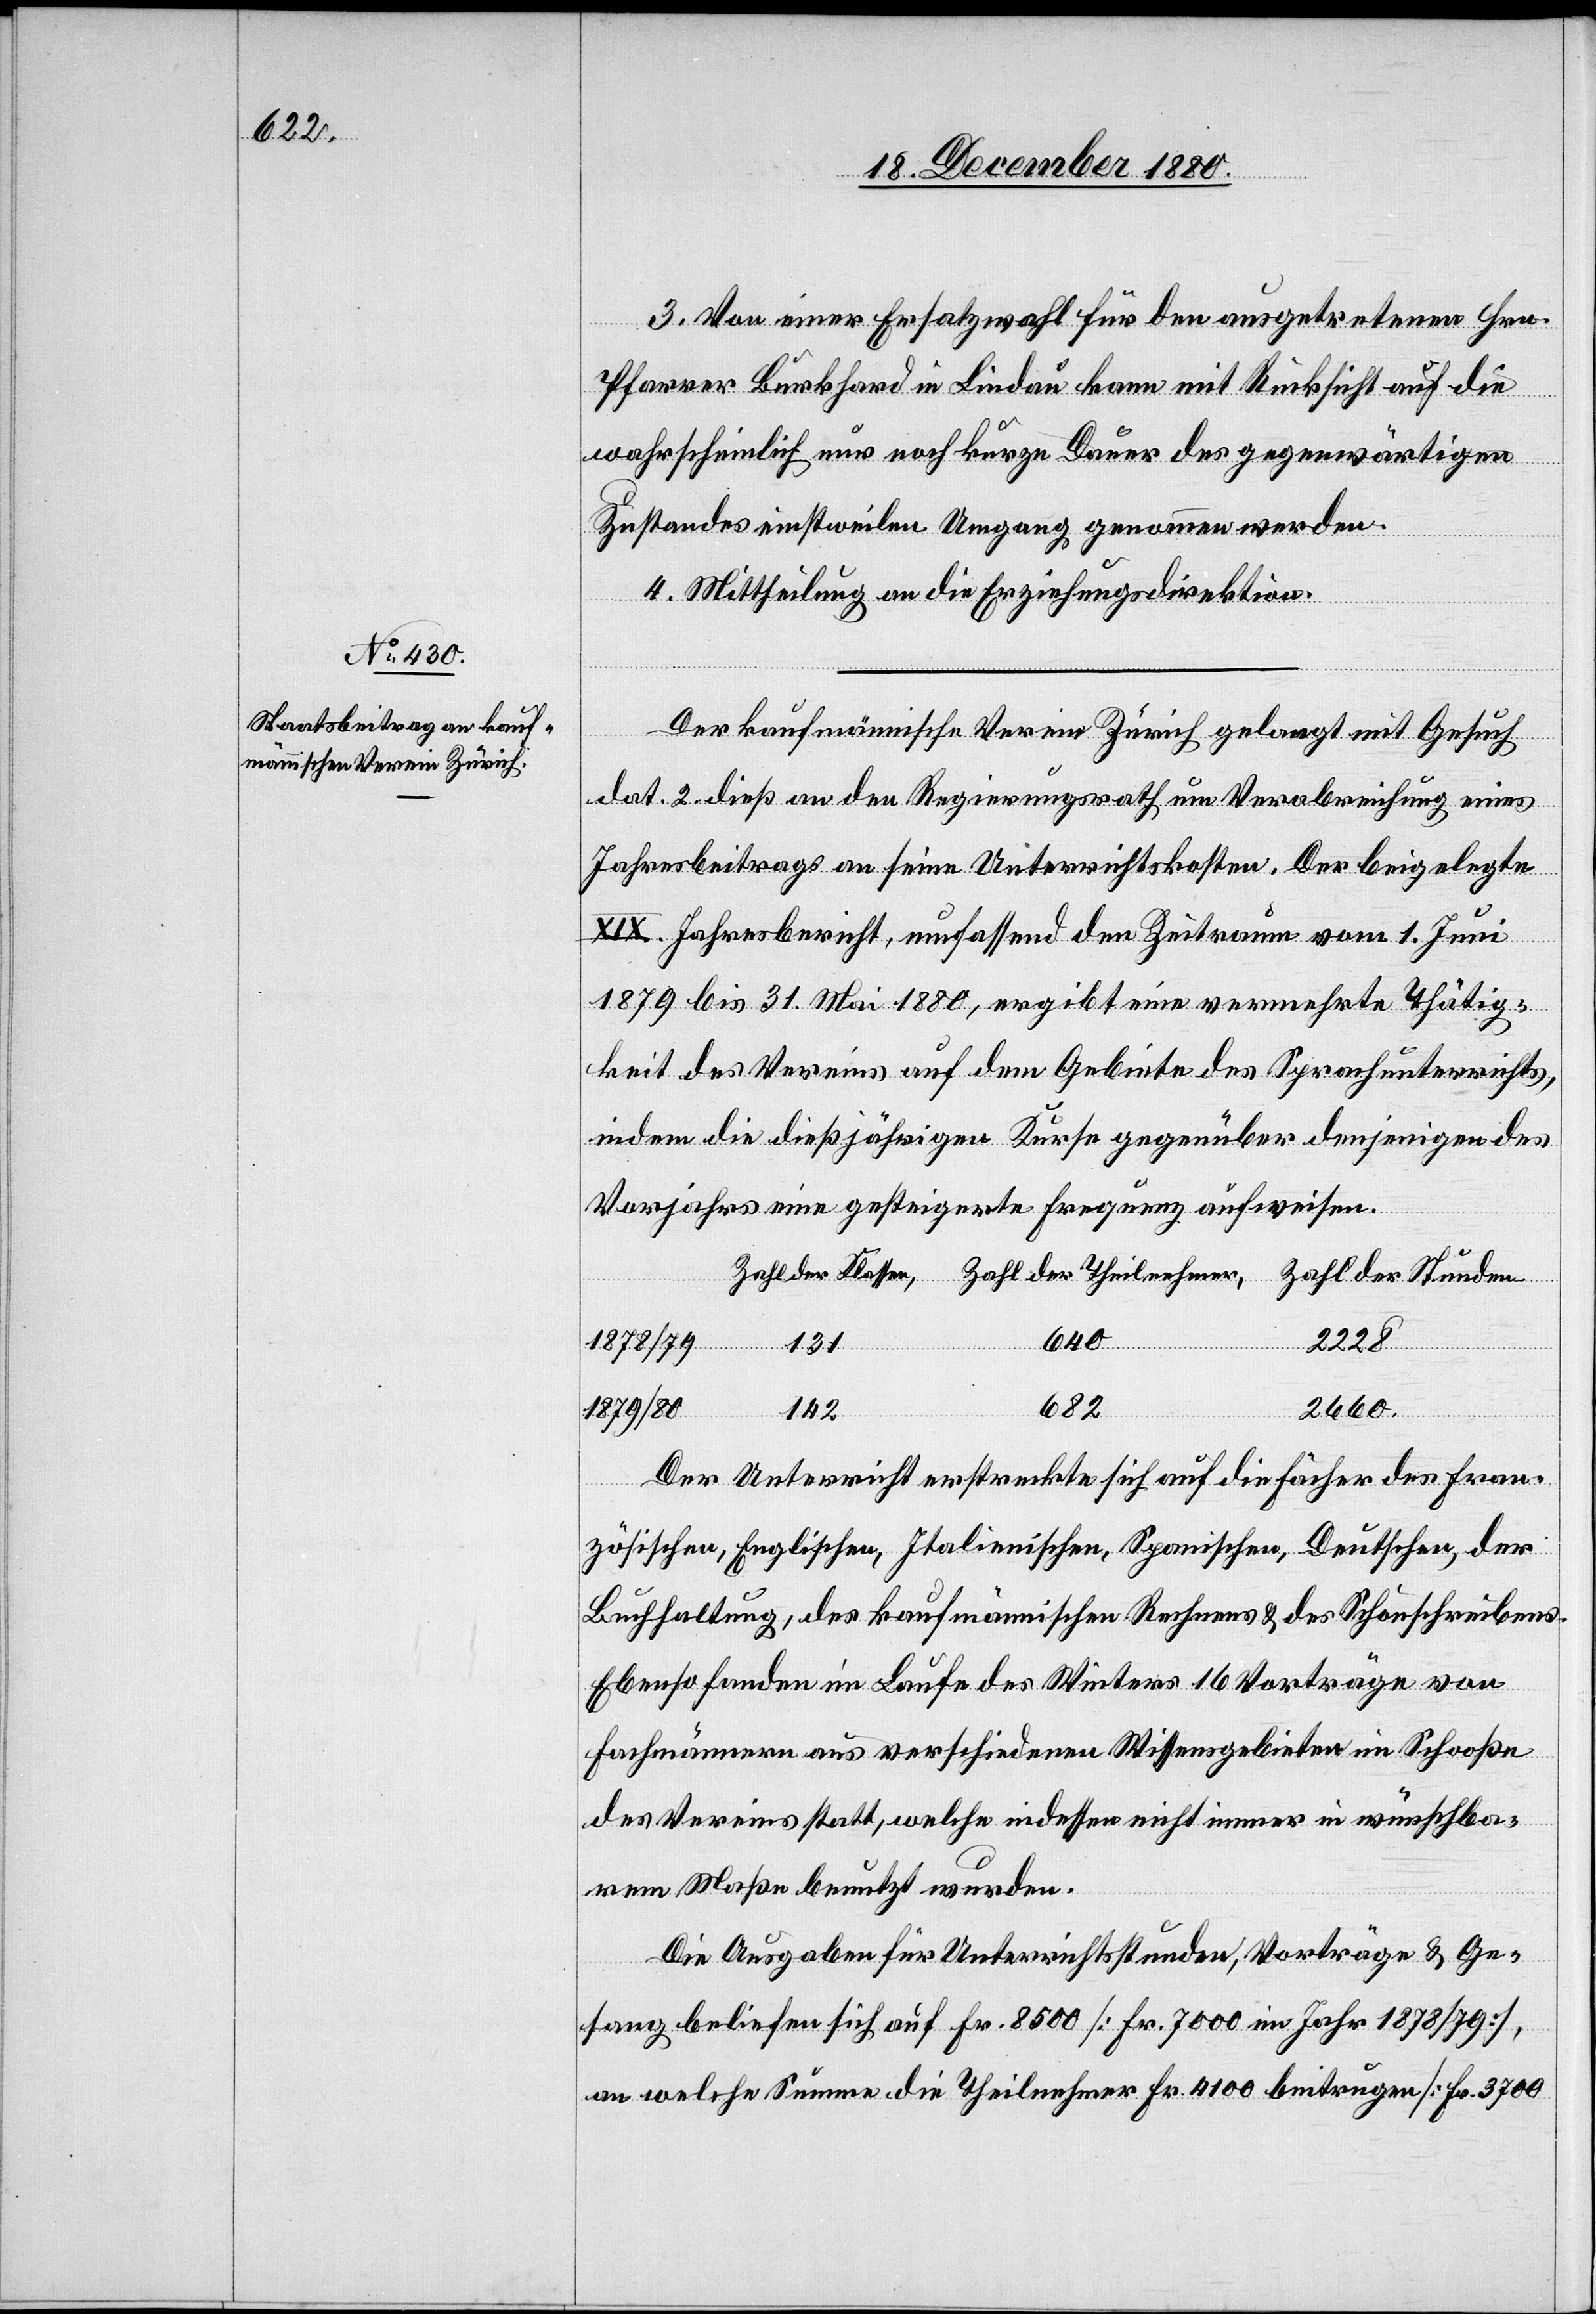
3. Von einer Ersatzwahl für den ausgetretenen Hrn.
Pfarrer Burkhard in Lindau kann mit Rücksicht auf die
wahrscheinlich nur noch kurze Dauer des gegenwärtigen
Zustandes einstweilen Umgang genommen werden.
4. Mittheilung an die Erziehungsdirektion.